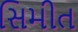
સિમીત